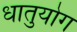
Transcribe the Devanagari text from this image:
धातुयोग